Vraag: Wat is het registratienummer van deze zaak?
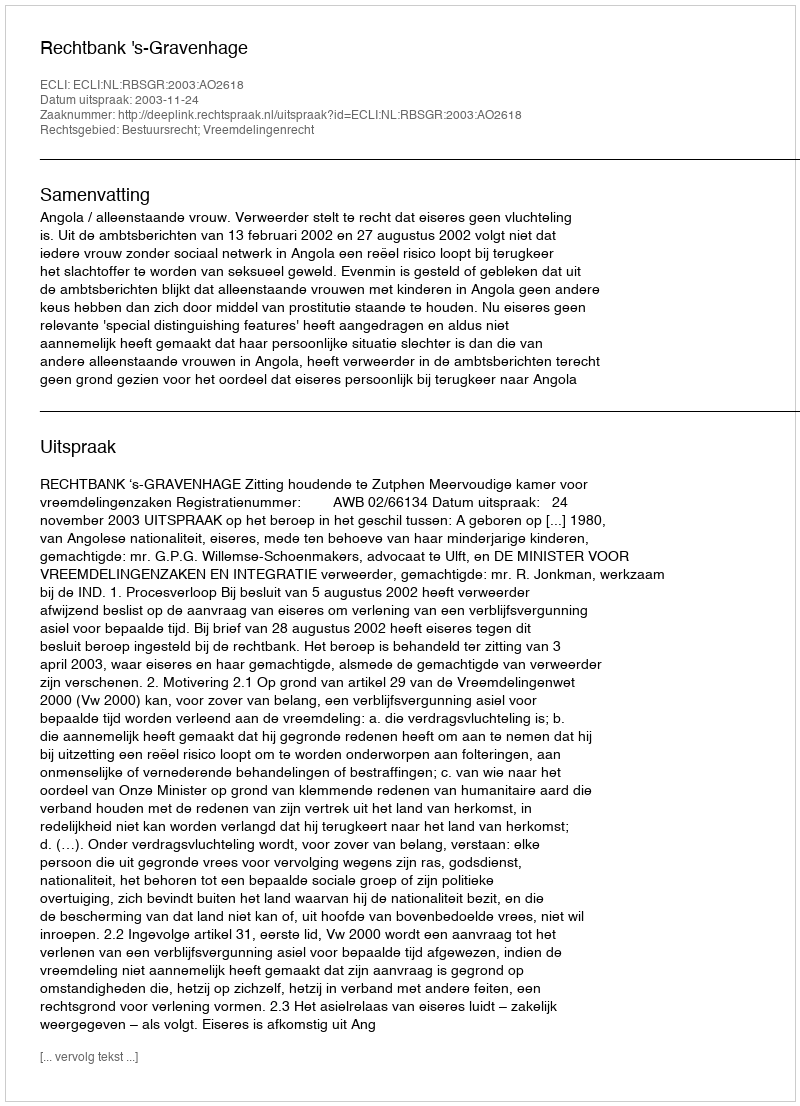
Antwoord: http://deeplink.rechtspraak.nl/uitspraak?id=ECLI:NL:RBSGR:2003:AO2618